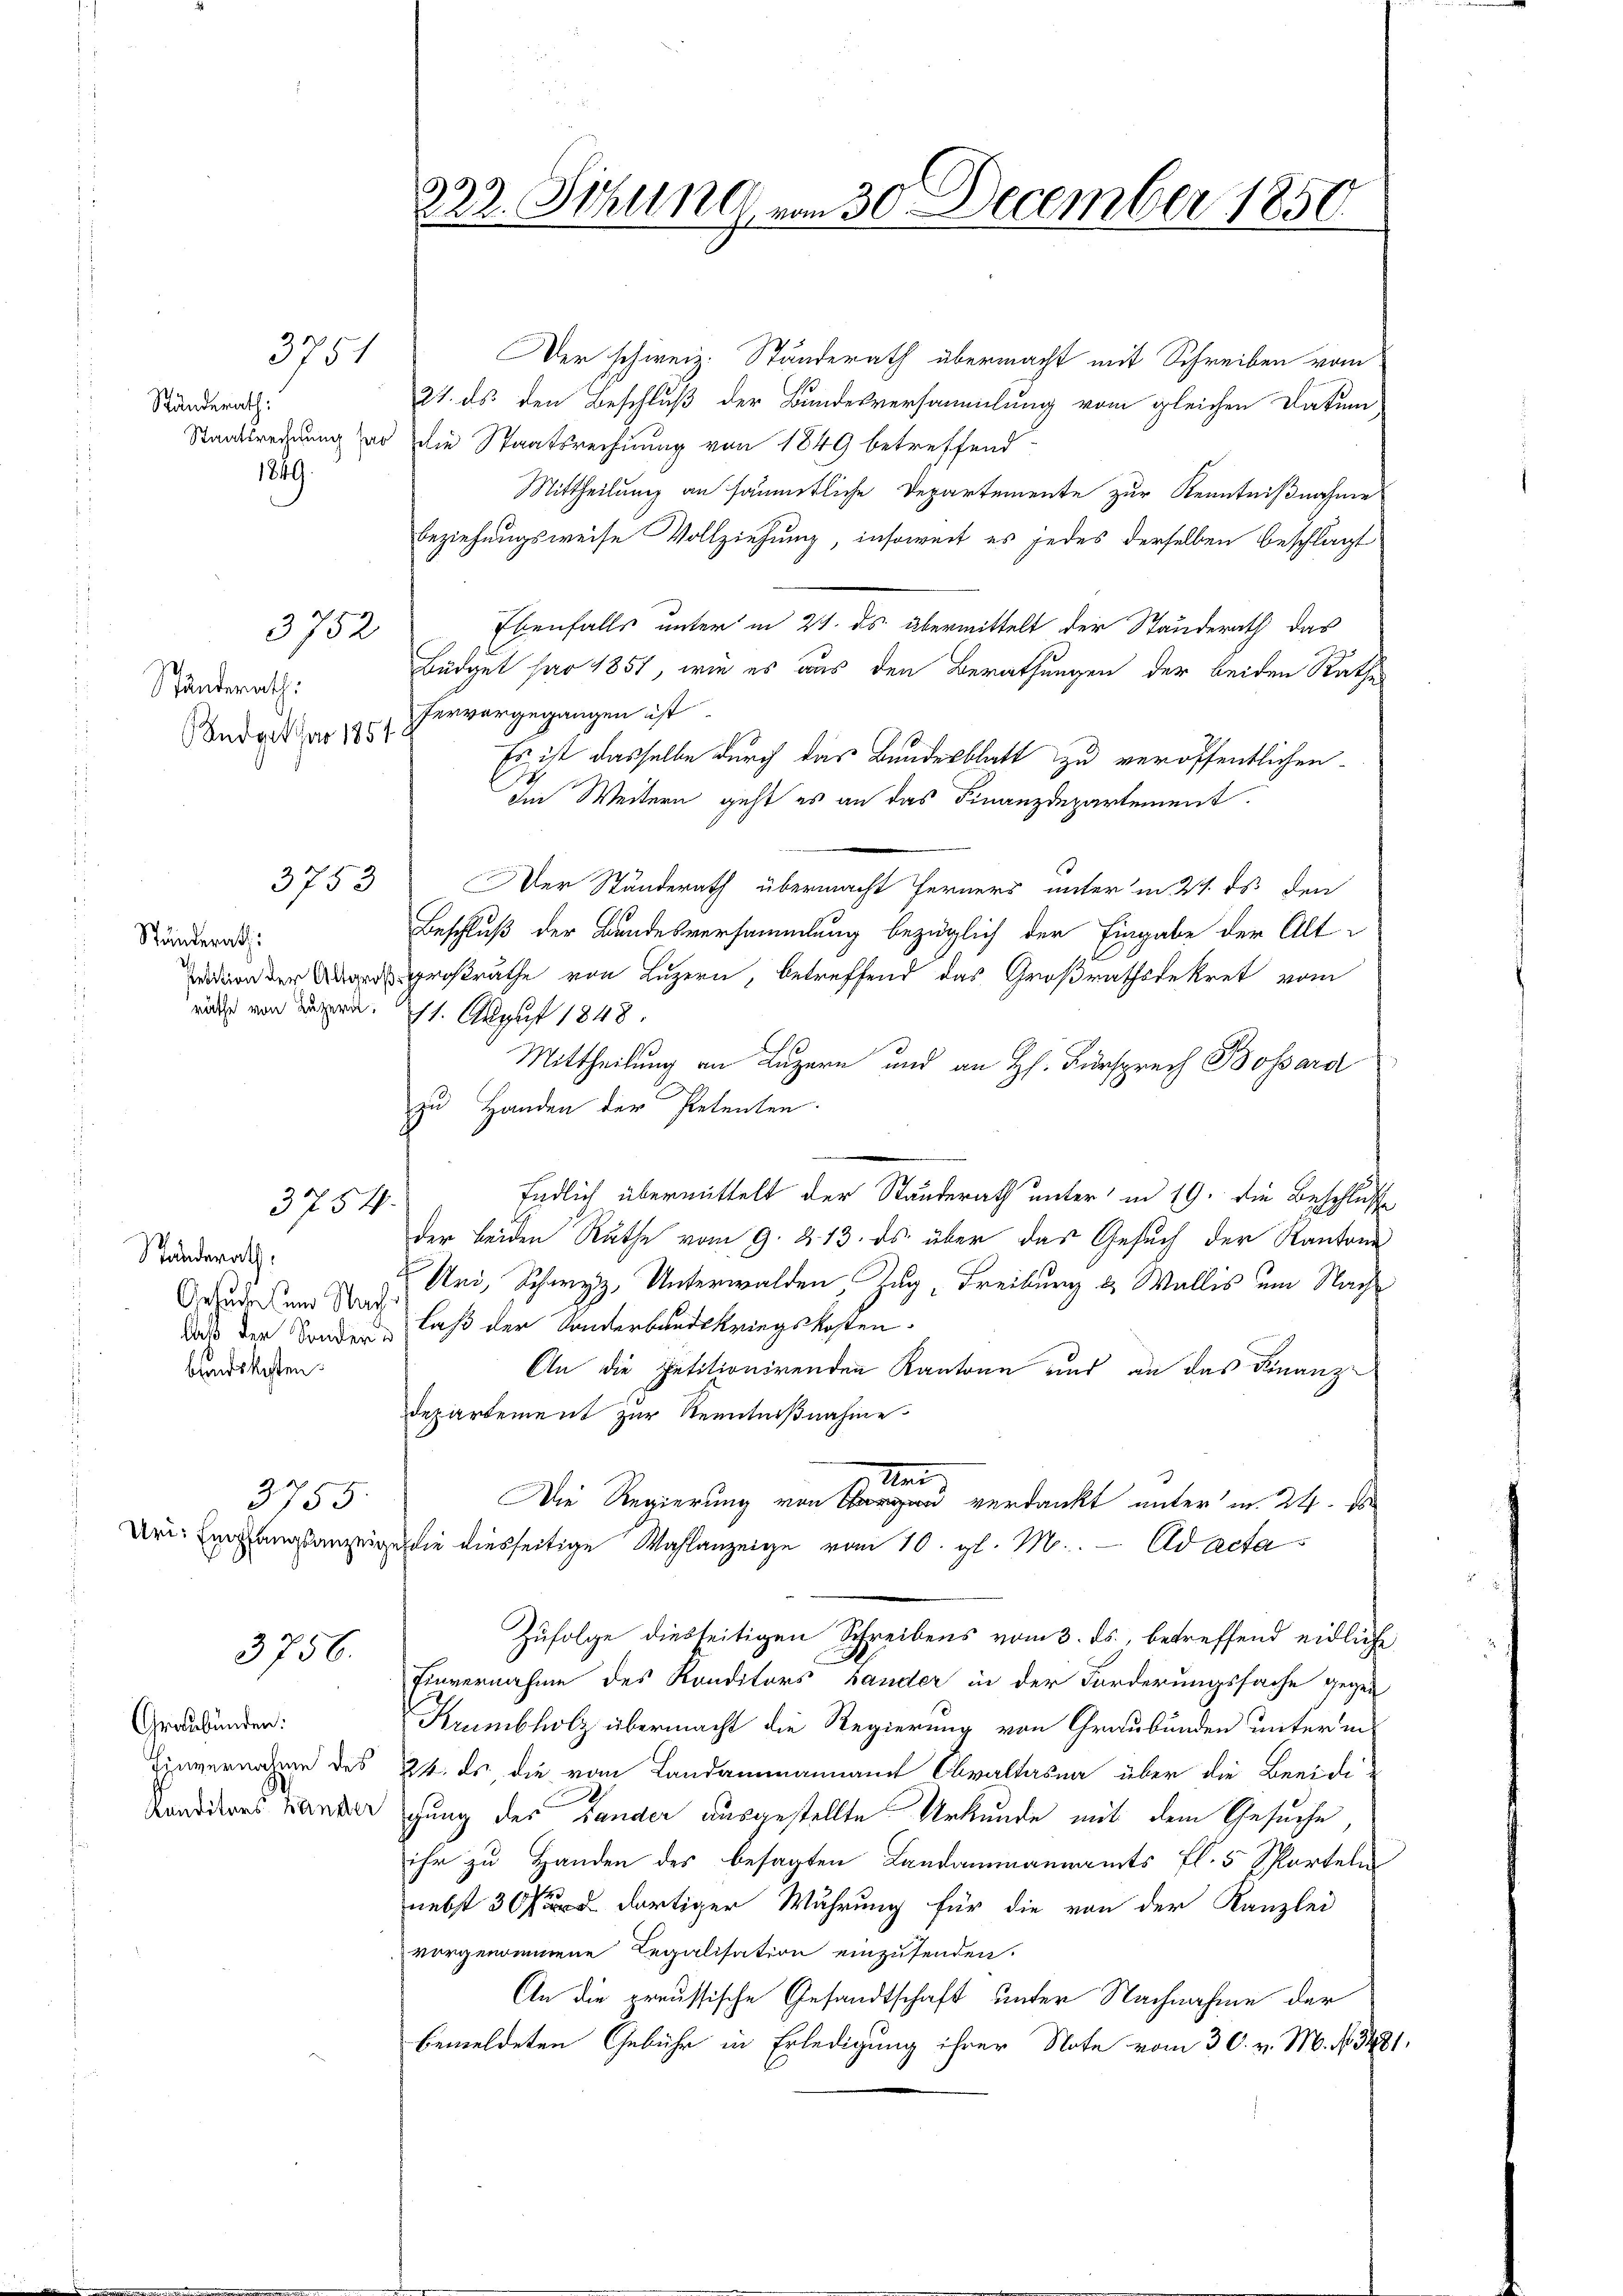
Ständerath:
1849

3751

3752

Ständerath:
ndgut har 1851.

3753

Ständerath:

3754.

Standerath,
Gesuche und Nach
bandskosten.

3755.

3756.

Graubünden.

Der schweiz. Ständerath übermacht mit Schreiben vom
21. ds. den Beschluß der Bundesversammlung vom gleichen Datum
Staatsrechnung das die Staatsrechnung von 1849 betreffend
Mittheilung an sämmtliche Departemente zur Kenntnißnahme
beziehungsweise Vollziehung, insoweit es jedes derselben beschlagt
Ebenfalls unter in 21. ds. übermittelt der Standerath das
Büdget par 1851, wie es aus den Berathungen der beiden Rathes
hervorgegangen ist.
Es ist dasselbe durch das Bundesblatt zu veröffentlichen
Im Weitern geht es an das Finanzdepartement.
Der Ständerath übermacht ferners unter in 21. ds. den
Beschluß der Bundesversammlung bezüglich der Eingabe der Alt-
udon der Abordroßrathe von Luzern, betreffend das Großrathsdekret vom
richt von Luzern. 1. August 1848.
Mittheilung an Luzern und an H. Fürsprech Bossard
zu Handen der Petenten.
Endlich übermittelt der Standerath unter in 19. die Beschluß
der beiden Rathe vom 9. 213. ds. über das Gesuch der Kantons
Uri, Schwyz, Unterwalden, Zug Freiburg & Wallis um Nachdaß der Sonderlaß der Sonderbandskriegskosten
An die Petitionirenden Kantone und an das Finanz-
departement zur Kenntnißnahme
Man
Die Regierung von u verdankt unterm 24. de
Dri. Eingangsanzeigen die diesseitige Wahlanzeige vom 10. gl. M. Ad acta
Zufolge diesseitigen Schreibens vom 3. ds., betreffend eidliche
Einvernahme des Konditors hander in der Forderungssache gegen
Krumbholz übermacht die Regierung von Graubünden unter in
Einvernahme des 24. ds. die vom Landammannamt Obvaltasna über die Beeidi¬
Kanddres Markte schung des Lander ausgestellte Urkunde mit dem Gesuche
ihr zu Handen des besagten Landammannamts fl. 5 Sporteln
nebst 30 dortiger Wuhrung für die von der Kanzlei
vorgenommene Regalisation einzusenden.
An die preussische Gesandtschaft unter Nachnahme der
bemeldeten Gebühr in Erledigung ihrer Note vom 30. v. M. N. 3481.

222. Stzung von 30 December 1850.